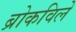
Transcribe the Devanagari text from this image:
ब्रोकविले